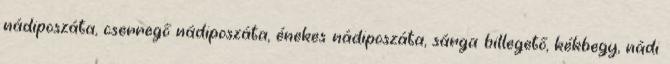
nádiposzáta, cserregő nádiposzáta, énekes nádiposzáta, sárga billegető, kékbegy, nádi